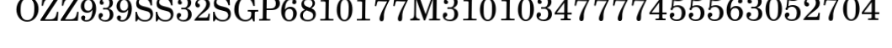
OZZ939SS32SGP6810177M31010347777455563052704